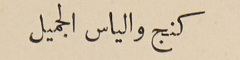
كنج والياس الجميل